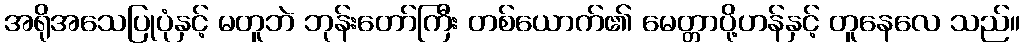
အရိုအသေပြုပုံနှင့် မတူဘဲ ဘုန်းတော်ကြီး တစ်ယောက်၏ မေတ္တာပို့ဟန်နှင့် တူနေလေ သည်။